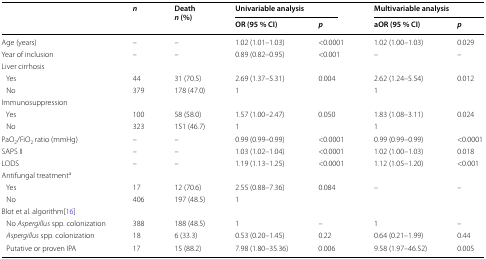
<table><thead><tr><td rowspan="2"></td><td rowspan="2"><b><i>n</i></b></td><td rowspan="2"><b>Death<i>n</i> (%)</b></td><td colspan="2"><b>Univariable analysis</b></td><td colspan="2"><b>Multivariable analysis</b></td></tr><tr><td><b>OR (95 % CI)</b></td><td><b><i>p</i></b></td><td><b>aOR (95 % CI)</b></td><td><b><i>p</i></b></td></tr></thead><tbody><tr><td>Age (years)</td><td>–</td><td>–</td><td>1.02 (1.01–1.03)</td><td>&lt;0.0001</td><td>1.02 (1.00–1.03)</td><td>0.029</td></tr><tr><td>Year of inclusion</td><td>–</td><td>–</td><td>0.89 (0.82–0.95)</td><td>&lt;0.001</td><td>–</td><td>–</td></tr><tr><td colspan="7">Liver cirrhosis</td></tr><tr><td> Yes</td><td>44</td><td>31 (70.5)</td><td>2.69 (1.37–5.31)</td><td>0.004</td><td>2.62 (1.24–5.54)</td><td>0.012</td></tr><tr><td> No</td><td>379</td><td>178 (47.0)</td><td>1</td><td></td><td>1</td><td></td></tr><tr><td colspan="7">Immunosuppression</td></tr><tr><td> Yes</td><td>100</td><td>58 (58.0)</td><td>1.57 (1.00–2.47)</td><td>0.050</td><td>1.83 (1.08–3.11)</td><td>0.024</td></tr><tr><td> No</td><td>323</td><td>151 (46.7)</td><td>1</td><td></td><td>1</td><td></td></tr><tr><td>PaO<sub>2</sub>/FiO<sub>2</sub> ratio (mmHg)</td><td>–</td><td>–</td><td>0.99 (0.99–0.99)</td><td>&lt;0.0001</td><td>0.99 (0.99–0.99)</td><td>&lt;0.0001</td></tr><tr><td>SAPS II</td><td>–</td><td>–</td><td>1.03 (1.02–1.04)</td><td>&lt;0.0001</td><td>1.02 (1.00–1.03)</td><td>0.018</td></tr><tr><td>LODS</td><td>–</td><td>–</td><td>1.19 (1.13–1.25)</td><td>&lt;0.0001</td><td>1.12 (1.05–1.20)</td><td>&lt;0.001</td></tr><tr><td colspan="7">Antifungal treatment<sup>a</sup></td></tr><tr><td> Yes</td><td>17</td><td>12 (70.6)</td><td>2.55 (0.88–7.36)</td><td>0.084</td><td>–</td><td>–</td></tr><tr><td> No</td><td>406</td><td>197 (48.5)</td><td>1</td><td></td><td></td><td></td></tr><tr><td colspan="7">Blot et al. algorithm[16]</td></tr><tr><td> No <i>Aspergillus</i> spp. colonization</td><td>388</td><td>188 (48.5)</td><td>1</td><td>–</td><td>1</td><td>–</td></tr><tr><td> <i>Aspergillus</i> spp. colonization</td><td>18</td><td>6 (33.3)</td><td>0.53 (0.20–1.45)</td><td>0.22</td><td>0.64 (0.21–1.99)</td><td>0.44</td></tr><tr><td> Putative or proven IPA</td><td>17</td><td>15 (88.2)</td><td>7.98 (1.80–35.36)</td><td>0.006</td><td>9.58 (1.97–46.52)</td><td>0.005</td></tr></tbody></table>